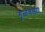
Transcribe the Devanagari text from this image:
गूळवड्या